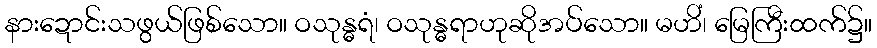
နားဍောင်းသဖွယ်ဖြစ်သော။ ဝသုန္ဓရံ၊ ဝသုန္ဓရာဟုဆိုအပ်သော။ မဟိံ၊ မြေကြီးထက်၌။